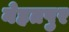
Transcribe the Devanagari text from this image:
नेहतपुर